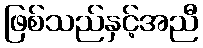
ဖြစ်သည်နှင့်အညီ